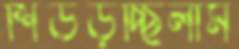
শিউড়চ্ছিলাম